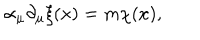
\alpha _ { \mu } \partial _ { \mu } \xi ( x ) = m \chi ( x ) ,